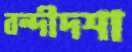
বন্দীদশা